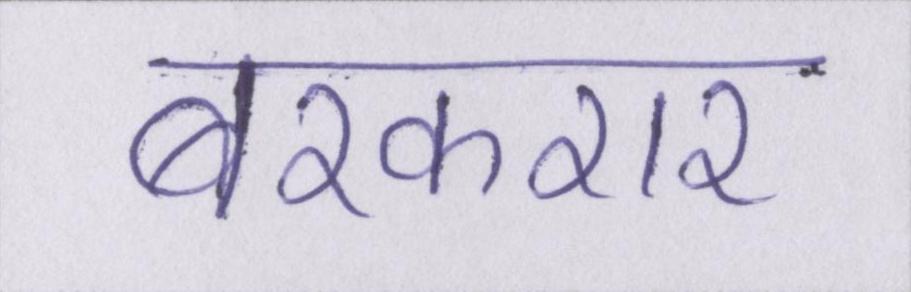
बरकरार